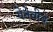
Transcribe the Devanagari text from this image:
गेनेवीवे